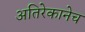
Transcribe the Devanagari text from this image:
अतिरेकानेच